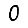
Digit: 0